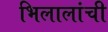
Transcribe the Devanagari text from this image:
भिलालांची